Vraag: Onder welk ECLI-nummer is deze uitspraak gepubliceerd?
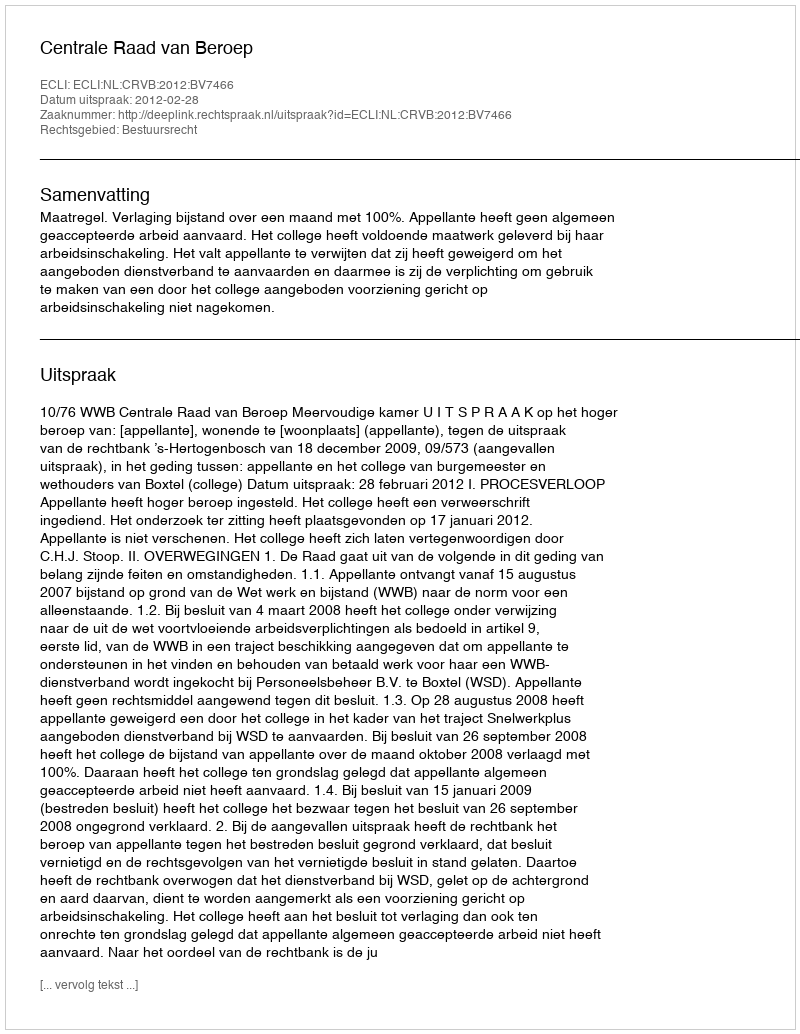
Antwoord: ECLI:NL:CRVB:2012:BV7466